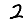
Digit: 2